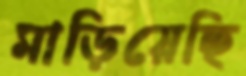
মাড়িয়েছি